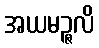
အယမဉ္ဇလိ